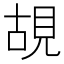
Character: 𮗎